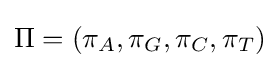
\Pi =(\pi _{A},\pi _{G},\pi _{C},\pi _{T})